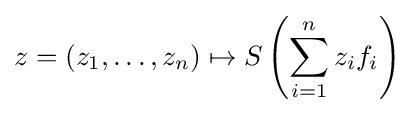
z=(z_{1},\ldots ,z_{n})\mapsto S\left(\sum _{i=1}^{n}z_{i}f_{i}\right)